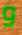
و